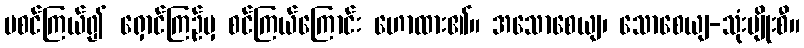
မစင်ကြယ်၍ ရှောင်ကြဉ်မှ စင်ကြယ်ကြောင်း ဟောထား၏။ အသောစေယျ၊ သောစေယျ-သုံးမျိုးစီ။